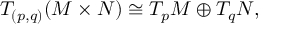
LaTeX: T _ { ( p , q ) } ( M \times N ) \cong T _ { p } M \oplus T _ { q } N ,